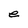
Character: e